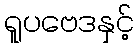
ရူပဗေဒနှင့်